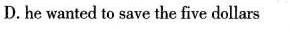
D. he wanted to save the five dollars